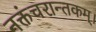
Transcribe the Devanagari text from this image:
नक्तंचरान्तकम्‌।